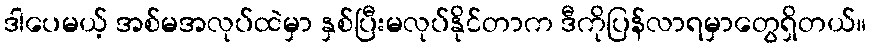
ဒါပေမယ့် အစ်မအလုပ်ထဲမှာ နှစ်ပြီးမလုပ်နိုင်တာက ဒီကိုပြန်လာရမှာတွေရှိတယ်။